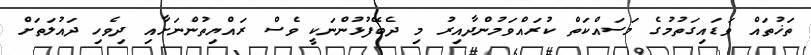
ތަޚުތައް ވަޑައިގަތުމުގެ މަސައްކަތް ކުރައްވަމުންދާއިރު މި ދެބޭފުޅުންނަކީ ވެސް ރައްޔިތުންނަށާއި ދިވެހި ދައުލަތަށް